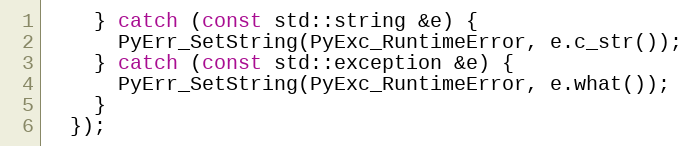
Language: C++
    } catch (const std::string &e) {
      PyErr_SetString(PyExc_RuntimeError, e.c_str());
    } catch (const std::exception &e) {
      PyErr_SetString(PyExc_RuntimeError, e.what());
    }
  });